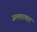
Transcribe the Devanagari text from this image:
जलतरणात